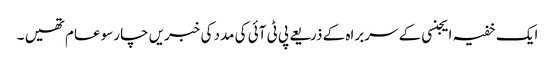
ایک خفیہ ایجنسی کے سربراہ کے ذریعے پی ٹی آئی کی مدد کی خبریں چارسو عام تھیں ۔